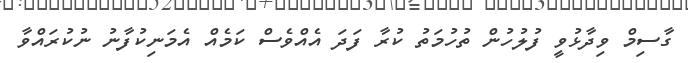
ގާސިމް ވިދާޅުވީ ފުލުހުން ތުހުމަތު ކުރާ ފަދަ އެއްވެސް ކަމެއް އެމަނިކުފާނު ނުކުރައްވާ